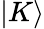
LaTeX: |K\rangle